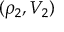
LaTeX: ( \rho _ { 2 } , V _ { 2 } )